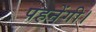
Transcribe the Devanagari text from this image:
पहनेंगी।